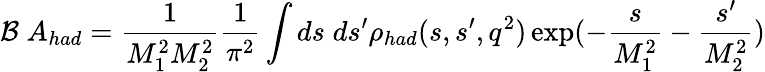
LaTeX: {\cal{B}}\; A_{had}={\frac{1}{M_{1}^{2}M_{2}^{2}}}{\frac{1}{\pi^{2}}}\int ds\; ds^{\prime}\rho_{had}(s,s^{\prime},q^{2})\exp(-{\frac{s}{M_{1}^{2}}}-{\frac{s^{\prime}}{M_{2}^{2}}})